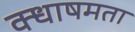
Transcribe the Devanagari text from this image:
क्धाषमता